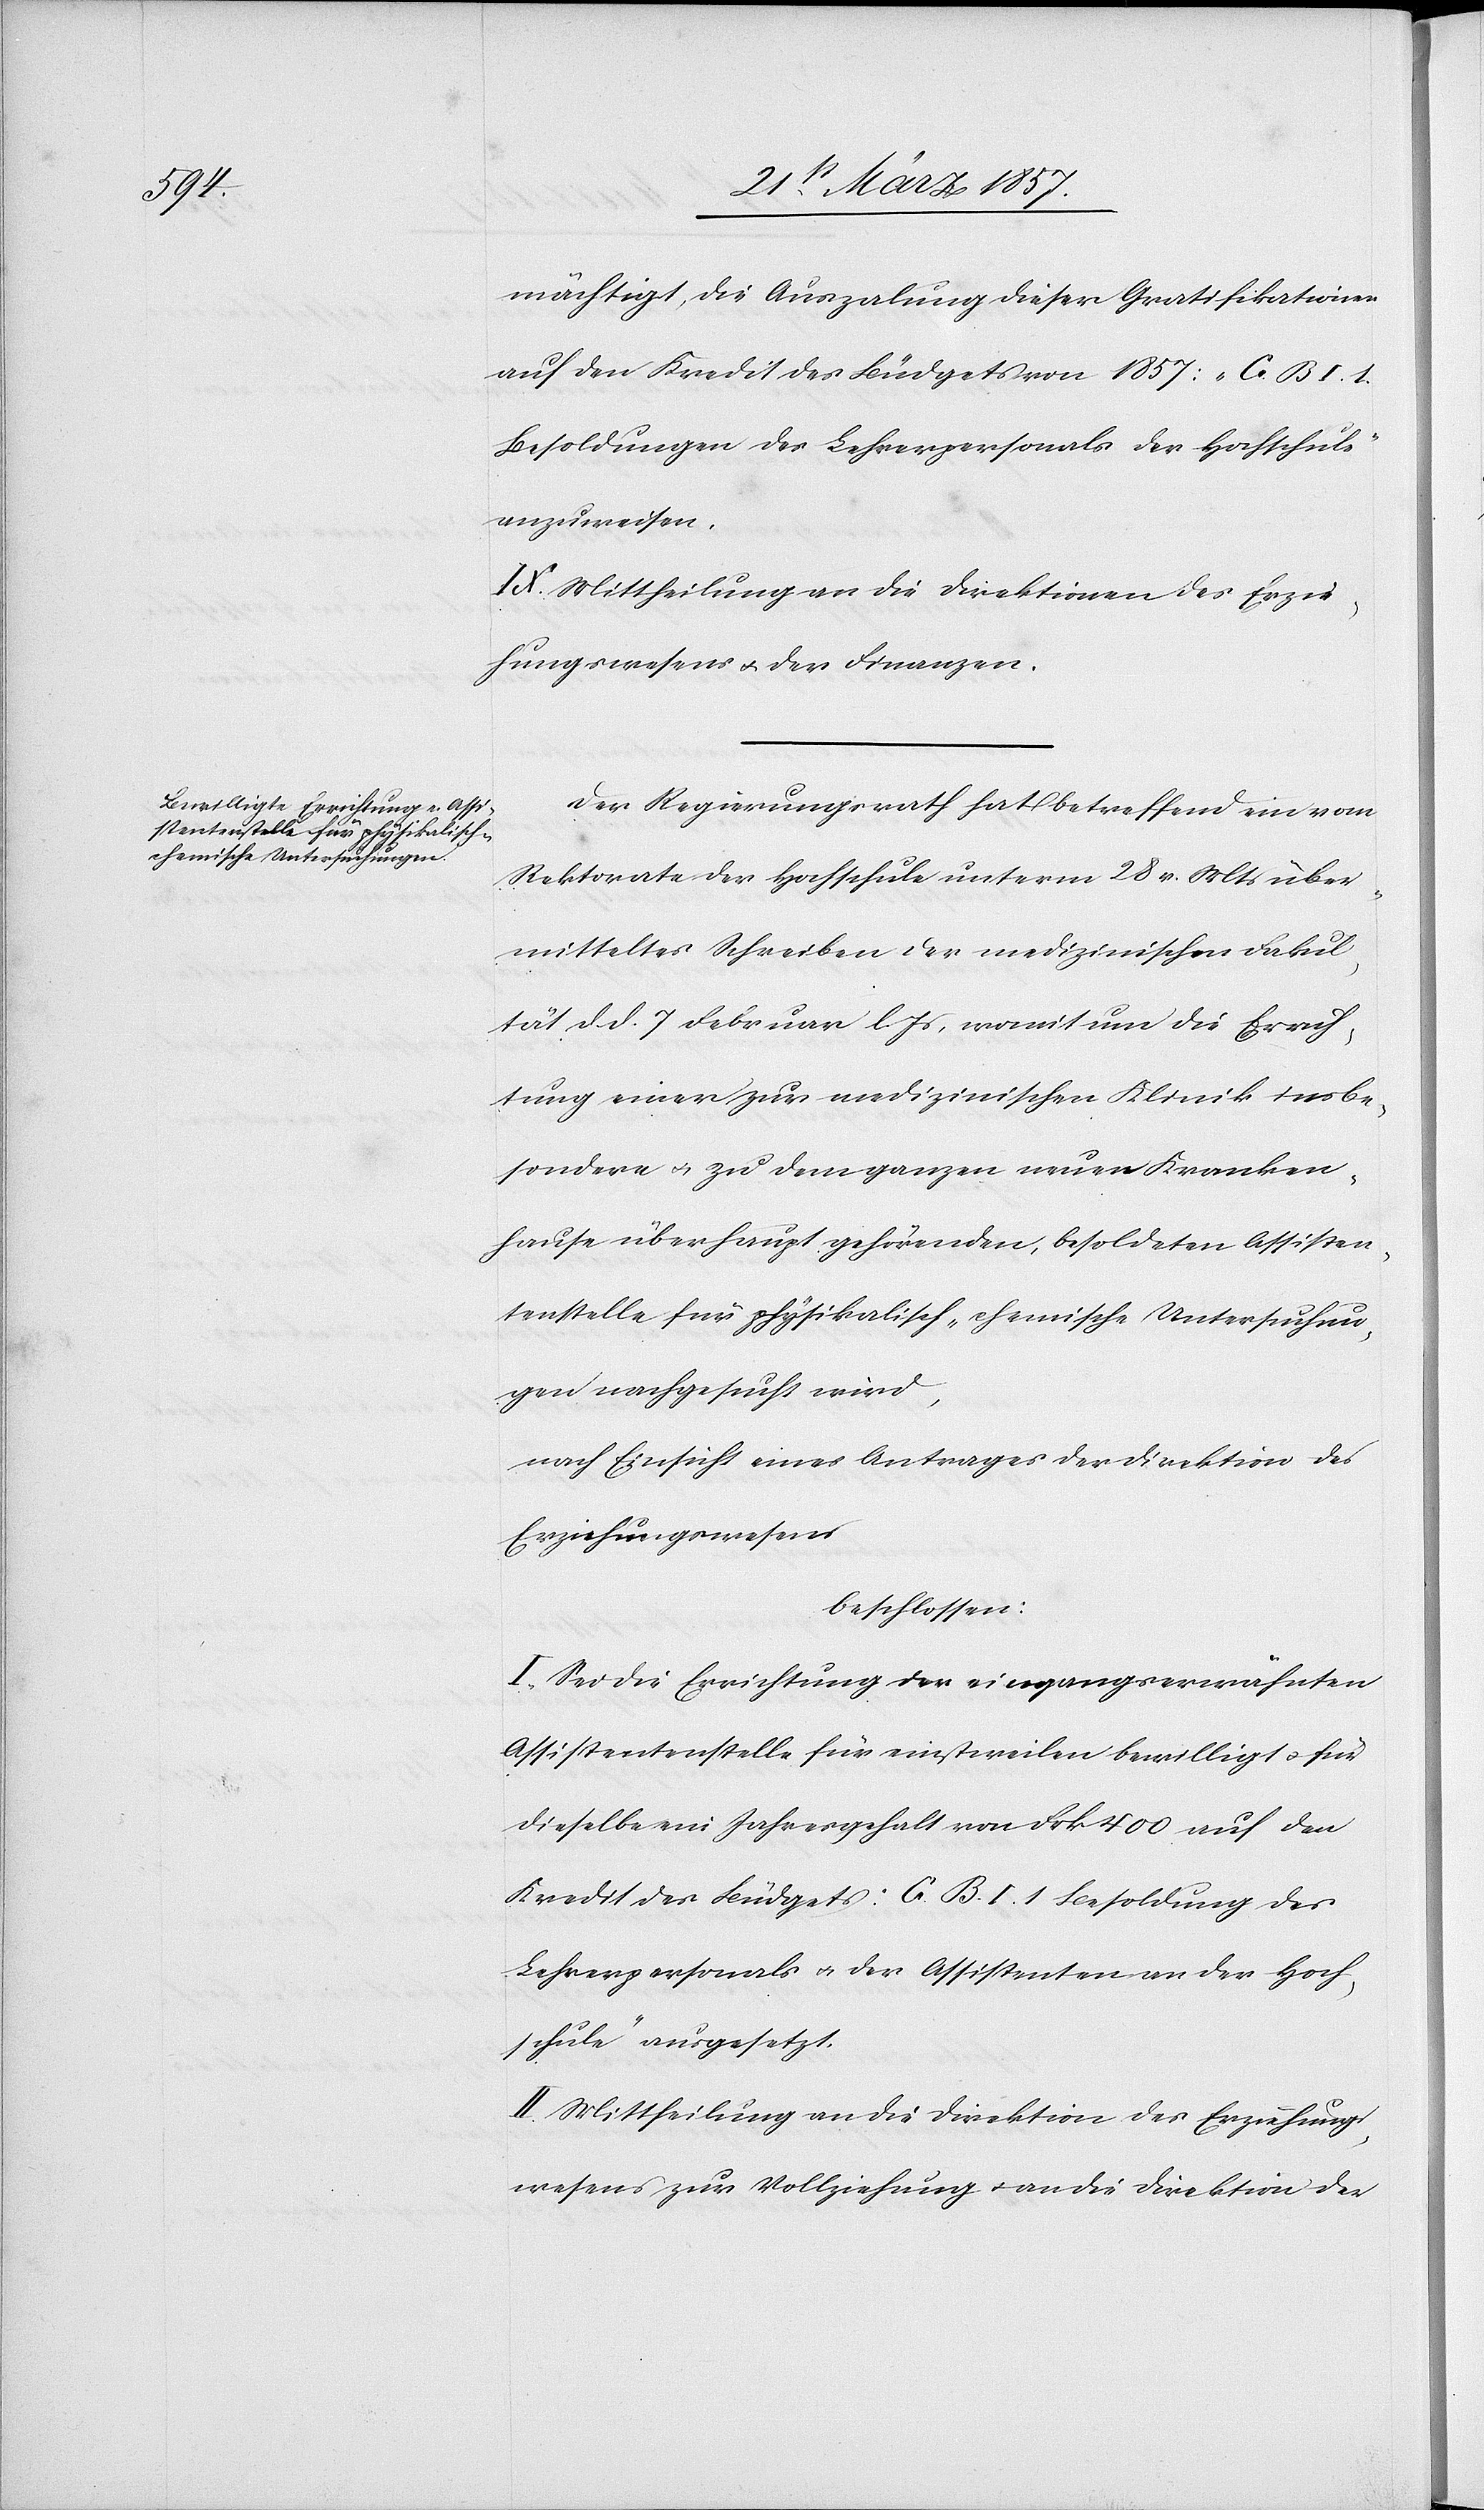
mächtigt, die Auszalung dieser Gratifikationen
auf den Kredit des Büdgets von 1857: „C. B. I. 1.
Besoldungen des Lehrerpersonals der Hochschule“
anzuweisen.
IX. Mittheilung an die Direktion des Erzie¬
hungswesens u. der Finanzen.
Der Regierungsrath hat betreffend ein vom
Rektorate der Hochschule unterm 28 v. Mts über¬
mitteltes Schreiben der medizinischen Fakul¬
tät d. d. 7 Februar l. Js, womit um die Errich¬
tung einer zur medizinischen Klinik ins be¬
sondere u. zu dem ganzen neuen Kranken¬
hause überhaupt gehörenden, besoldeten Assisten¬
tenstelle für physikalisch-chemische Untersuchun¬
gen nachgesucht wird,
nach Einsicht eines Antrages der Direktion des
Erziehungswesens
beschlossen:
I. Sei die Errichtung der eingangserwähnten
Assistentenstelle für einstweilen bewilligt u. für
dieselbe mit Jahresgehalt von Frk. 400 auf den
Kredit des Büdget: [„]C. B. I. 1 Besoldung des
Lehrerpersonals u. der Assistenten an der Hoch¬
schule“ ausgesetzt.
II. Mittheilung an die Direktion des Erziehungs¬
wesens zur Vollziehung u. an die Direktion der